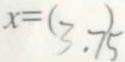
x = ( 3 . 7 5 )